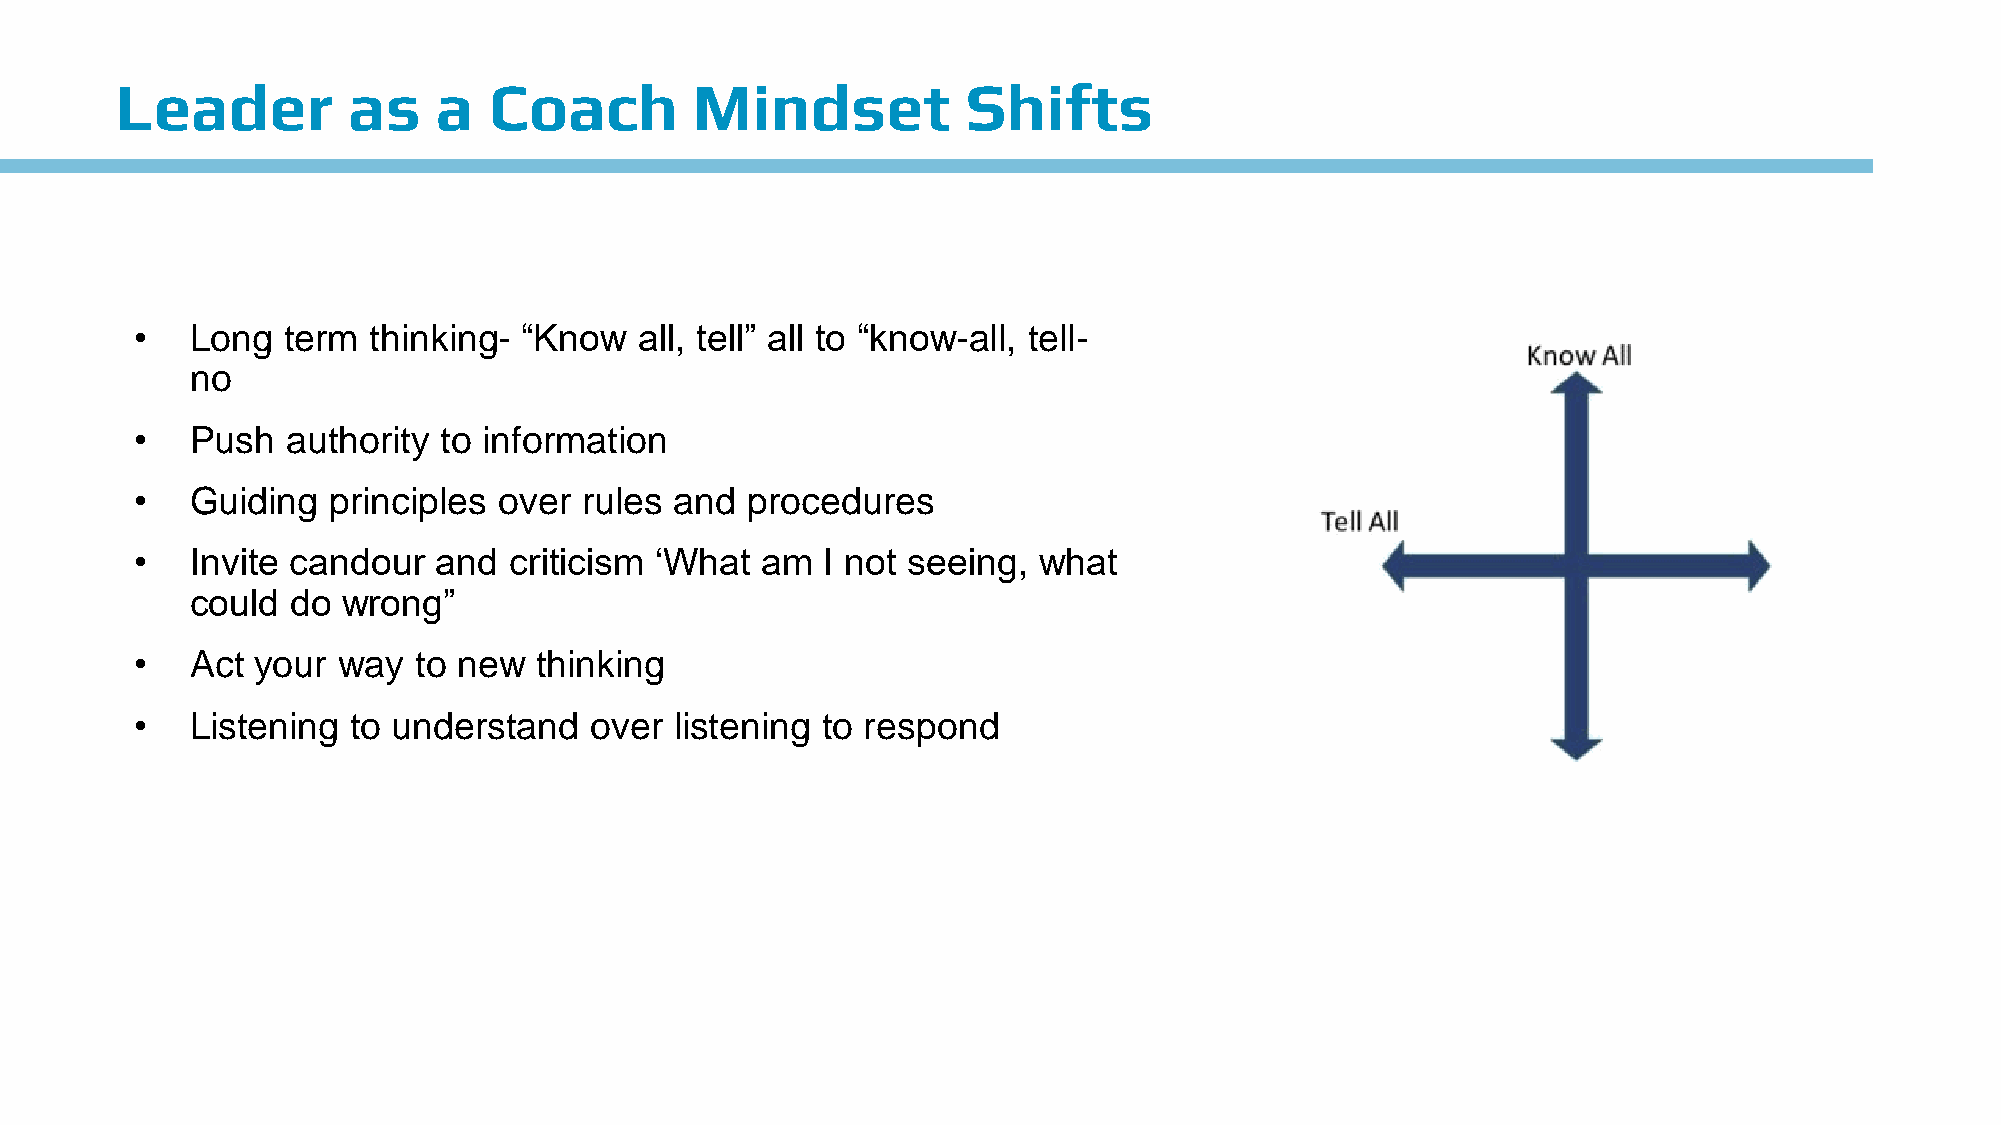
Leader         as    a  Coach         Mindset           Shifts
 •   Long  term thinking-  “Know  all, tell” all to “know-all, tell-
 no
 •   Push  authority to information
 •   Guiding  principles over  rules and procedures
 •   Invite candour  and  criticism ‘What am   I not seeing, what
 could do  wrong”
 •   Act your way  to new  thinking
 •   Listening to understand   over  listening to respond